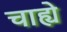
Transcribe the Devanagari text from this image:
चाह्ये